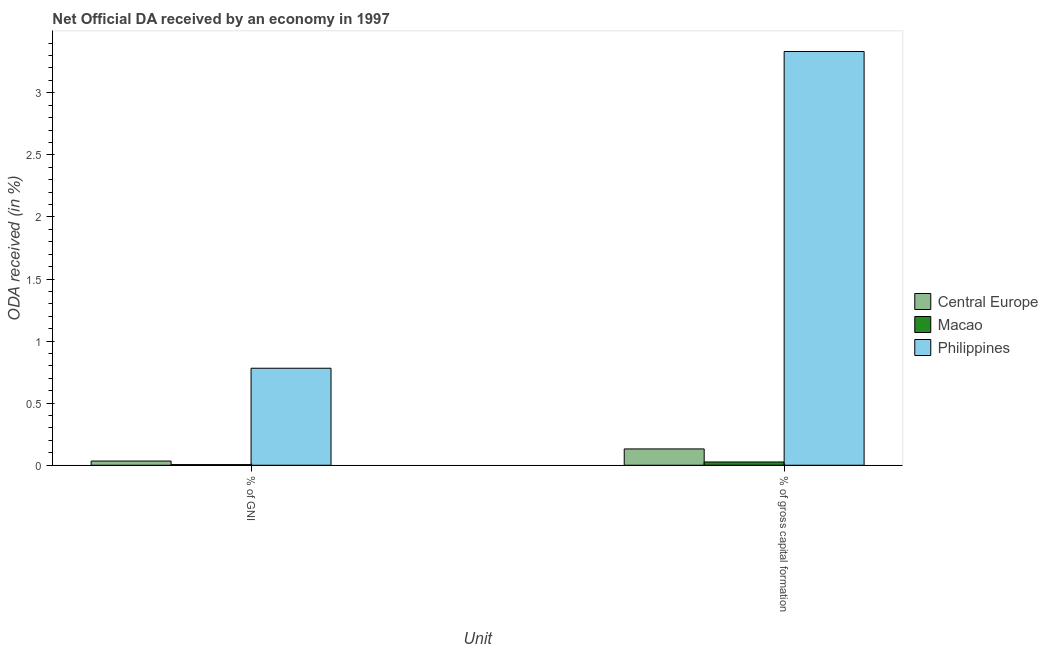
| Unit | Central Europe | Macao | Philippines |
 | --- | --- | --- | --- |
 | % of GNI | 0.0339 | 0.00514 | 0.781 |
 | % of gross capital formation | 0.131 | 0.0263 | 3.33 |